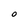
Character: O